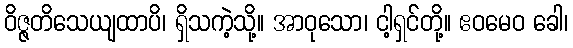
ဝိဇ္ဇတိသေယျထာပိ၊ ရှိသကဲ့သို့။ အာဝုသော၊ ငါ့ရှင်တို့။ ဧဝမေဝ ခေါ၊